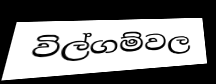
විල්ගම්වල